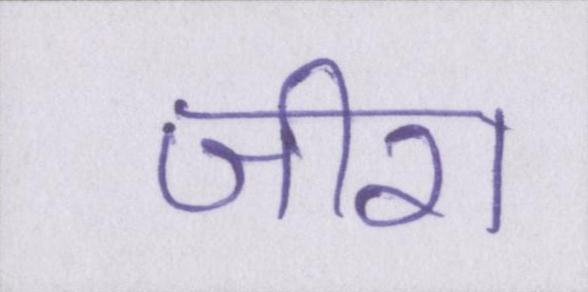
जीरा